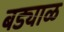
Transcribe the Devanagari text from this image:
बड्याळ